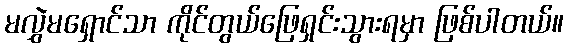
မလွှဲမရှောင်သာ ကိုင်တွယ်ဖြေရှင်းသွားရမှာ ဖြစ်ပါတယ်။